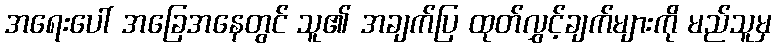
အရေးပေါ် အခြေအနေတွင် သူ၏ အချက်ပြ ထုတ်လွှင့်ချက်များကို မည်သူမှ